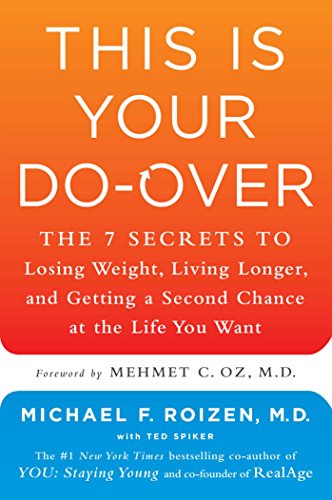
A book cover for This Is Your Do-Over: The 7 Secrets to Losing Weight, Living Longer, and Getting a Second Chance at the Life You Want; Michael F. Roizen; Health, Fitness & Dieting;